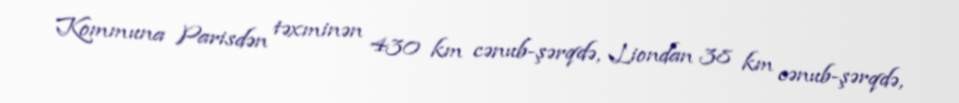
Kommuna Parisdən təxminən 430 km cənub-şərqdə, Liondan 38 km cənub-şərqdə,